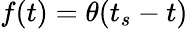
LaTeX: f(t)=\theta(t_{s}-t)